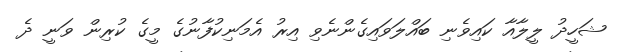
ޝަހީދު ލީލާއާ ކައިވެނި ބައްލަވައިގެންނެވި އިރު އެމަނިކުފާނުގެ މީގެ ކުރިން ވަނީ ދެ